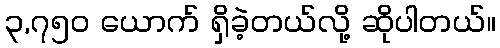
၃,၇၅၀ ယောက် ရှိခဲ့တယ်လို့ ဆိုပါတယ်။